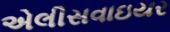
એલીસવાઇયર